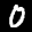
Label: 0